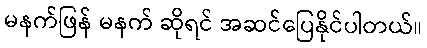
မနက်ဖြန် မနက် ဆိုရင် အဆင်ပြေနိုင်ပါတယ်။